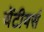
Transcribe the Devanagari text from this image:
चेंटीयर्स